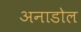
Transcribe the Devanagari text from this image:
अनाडोल